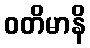
ဝတိမာနိ